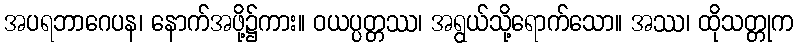
အပရဘာဂေပန၊ နောက်အဖို့၌ကား။ ဝယပ္ပတ္တဿ၊ အရွယ်သို့ရောက်သော။ အဿ၊ ထိုသတ္တုက